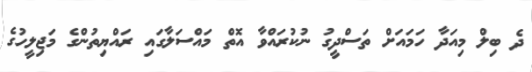
ދެ ބިލް މިއަދާ ހަމައަށް ތަސްދީގު ނުކުރައްވާ އޮތް މައްސަލާގައި ރައްޔިތުންގެ މަޖިލީހުގެ